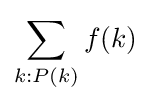
\sum _{k:P(k)}f(k)